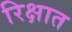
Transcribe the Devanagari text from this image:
रिक्षात